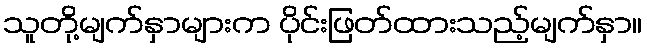
သူတို့မျက်နှာများက ပိုင်းဖြတ်ထားသည့်မျက်နှာ။